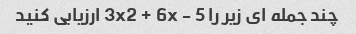
چند جمله ای زیر را 3x2 + 6x - 5 ارزیابی کنید